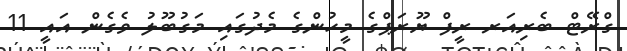
ގްރޭޓް ބެރިއަރ ރީފް ޔޫރަޕްގެ މީހުންގެ މެދުގައި މަގުބޫލު ވެގެން އައީ 11